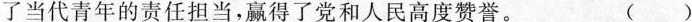
了当代青年的责任担当，赢得了党和人民高度赞誉。( )